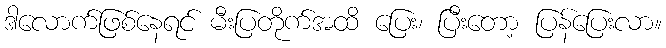
ဒါလောက်ဖြစ်နေရင် မီးပြတိုက်အထိ ပြေး၊ ပြီးတော့ ပြန်ပြေးလာ။